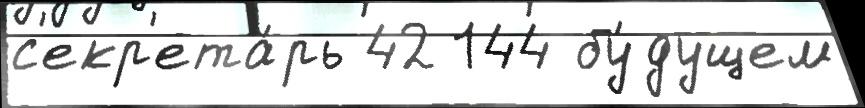
с'екр'ета́рь 42 144 бу́дущем